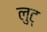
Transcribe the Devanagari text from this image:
लुट्